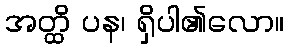
အတ္ထိ ပန၊ ရှိပါ၏လော။